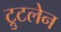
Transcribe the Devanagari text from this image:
ट्रुटलेन